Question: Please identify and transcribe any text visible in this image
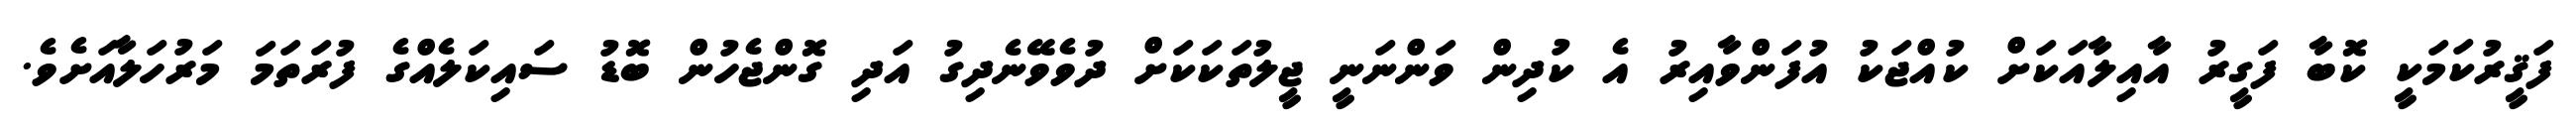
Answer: ފަޤީރުކަމަކީ ކޮބާ ފަގީރު އާއިލާއަކަށް ކުއްޖަކު އުފަންވާއިރު އެ ކުދިން ވަންނަނީ ޖީލުތަކަކަށް ދުވެވޭނެދިގު އަދި ގޮންޖެހުން ބޮޑު ސައިކަލެއްގެ ފުރަތަމަ މަރުހަލާއަށެވެ.